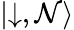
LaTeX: \left|\downarrow,\mathcal{N}\right\rangle